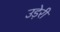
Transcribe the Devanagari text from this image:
उड़ेरी